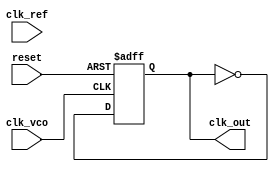
module ADPLL (
    input wire clk_ref,          // Reference clock input
    input wire clk_vco,          // VCO output clock
    input wire reset,            // Reset signal
    output wire clk_out          // Final clock output
);

// Parameters
parameter N = 4;                // Frequency division factor
parameter PI_GAIN = 8;          // Gain for the PI filter

// Internal signals
reg [N-1:0] freq_div;           // Frequency divider counter
reg [15:0] phase_error;         // Phase error signal
reg [15:0] control_signal;      // Control signal for VCO
reg [15:0] vco_tuning;          // VCO tuning value
reg clk_out_reg;                // Output clock register
reg [1:0] state;                // FSM state

// Phase Detector (PFD)
always @(posedge clk_ref or posedge reset) begin
    if (reset) begin
        phase_error <= 0;
    end else begin
        // Simple phase detector logic
        if (clk_ref && !clk_vco) begin
            phase_error <= phase_error + 1; // Reference clock leads
        end else if (!clk_ref && clk_vco) begin
            phase_error <= phase_error - 1; // VCO clock leads
        end
    end
end

// Frequency Divider
always @(posedge clk_vco or posedge reset) begin
    if (reset) begin
        freq_div <= 0;
    end else begin
        freq_div <= freq_div + 1;
        if (freq_div == N-1) begin
            freq_div <= 0;
        end
    end
end

// Loop Filter (PI Filter)
always @(posedge clk_ref or posedge reset) begin
    if (reset) begin
        control_signal <= 0;
    end else begin
        control_signal <= control_signal + (phase_error * PI_GAIN);
    end
end

// Digital VCO (simple model)
always @(posedge clk_ref or posedge reset) begin
    if (reset) begin
        vco_tuning <= 0;
    end else begin
        vco_tuning <= control_signal; // Update VCO tuning based on control signal
    end
end

// Output Stage
always @(posedge clk_vco or posedge reset) begin
    if (reset) begin
        clk_out_reg <= 0;
    end else begin
        clk_out_reg <= ~clk_out_reg; // Toggle output clock
    end
end

assign clk_out = clk_out_reg;

// Initialization and Calibration Logic (FSM)
always @(posedge clk_ref or posedge reset) begin
    if (reset) begin
        state <= 0;
    end else begin
        case (state)
            0: begin
                // Initialization state
                // Perform initialization tasks
                state <= 1;
            end
            1: begin
                // Calibration state
                // Perform calibration tasks
                state <= 2;
            end
            2: begin
                // Normal operation state
                // Continue operation
                state <= 2; // Stay in this state
            end
            default: state <= 0; // Reset state
        endcase
    end
end

endmodule